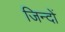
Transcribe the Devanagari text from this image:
जिन्दों